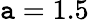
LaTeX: \mathtt{a}=1.5